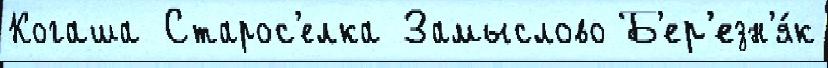
Когаша Старос'елка Замыслово Б'ер'езн'я́к